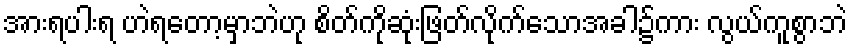
အားရပါးရ ဟဲရတော့မှာဘဲဟု စိတ်ကိုဆုံးဖြတ်လိုက်သောအခါ၌ကား လွယ်ကူစွာဘဲ